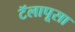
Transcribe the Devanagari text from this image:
टॅलापूसा